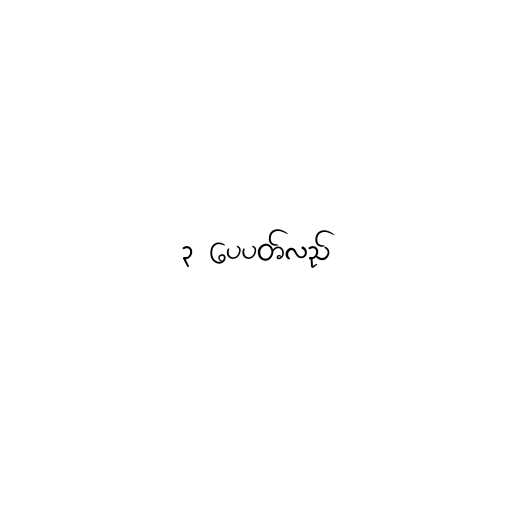
၃ ပေပတ်လည်